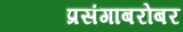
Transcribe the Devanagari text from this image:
प्रसंगाबरोबर